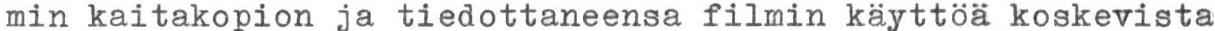
min kaitakopion ja tiedottaneensa filmin käyttöä koskevista